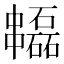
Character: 𠁻